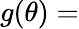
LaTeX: g(\theta)=